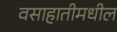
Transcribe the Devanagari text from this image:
वसाहातीमधील